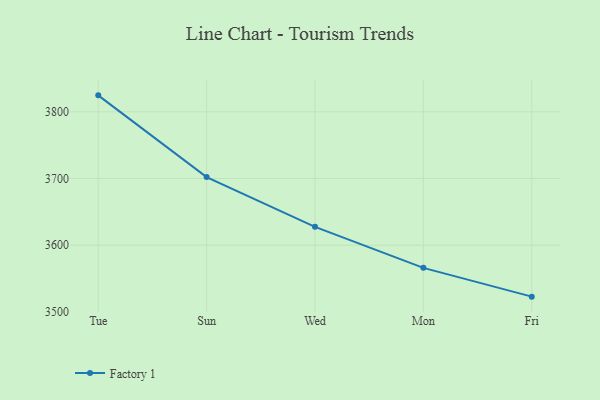
{"axis": {"x": "Day", "y": "Active Users"}, "legend": ["Factory 1"], "data": [{"x": "Tue", "y": 3824.7, "type": "Factory 1"}, {"x": "Sun", "y": 3702.1, "type": "Factory 1"}, {"x": "Wed", "y": 3627.5, "type": "Factory 1"}, {"x": "Mon", "y": 3566.0, "type": "Factory 1"}, {"x": "Fri", "y": 3522.8, "type": "Factory 1"}]}